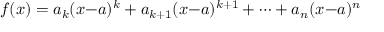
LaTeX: f ( x ) = a _ { k } ( x { - } a ) ^ { k } + a _ { k + 1 } ( x { - } a ) ^ { k + 1 } + \cdots + a _ { n } ( x { - } a ) ^ { n }